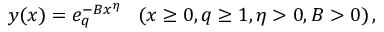
y ( x ) = e _ { q } ^ { - B x ^ { \eta } } \; \; \; ( x \ge 0 , q \ge 1 , \eta > 0 , B > 0 ) \, ,